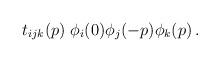
LaTeX: \begin{align*}t_{ijk} (p) \;\phi_i (0) \phi_j (-p) \phi_k (p)\, .\end{align*}